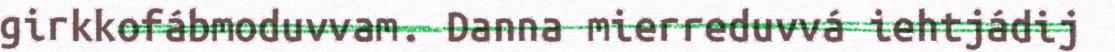
girkkofábmoduvvam. Danna mierreduvvá iehtjádij